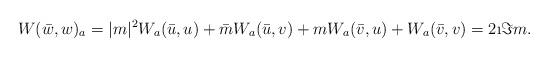
LaTeX: \begin{align*} W(\bar w,w)_a =|m|^2W_a(\bar u,u)+\bar{m}W_a(\bar u,v)+ mW_a(\bar v,u)+W_a(\bar v,v) = 2\i\Im m . \end{align*}